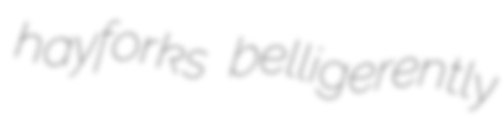
hayforks belligerently